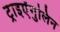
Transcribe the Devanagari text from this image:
ट्राइऐंगुलिन